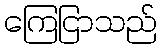
ကြေငြာသည်